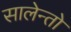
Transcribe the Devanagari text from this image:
सालेन्तो